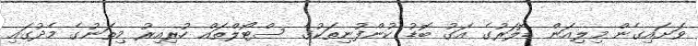
ވަށައިގެން މިލިއަން ޑޮލަރުގެ އަގު ބޮޑު ކުންފުނިތަކުގެ ސްޓޯލްތައް ހުރިއިރު މިތަނުގެ މެދުގައި